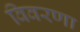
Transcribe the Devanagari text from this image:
विवरणा